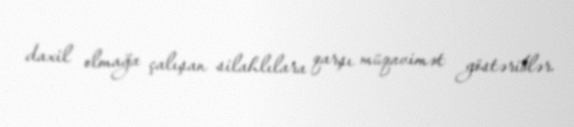
daxil olmağa çalışan silahlılara qarşı müqavimət göstəriblər.